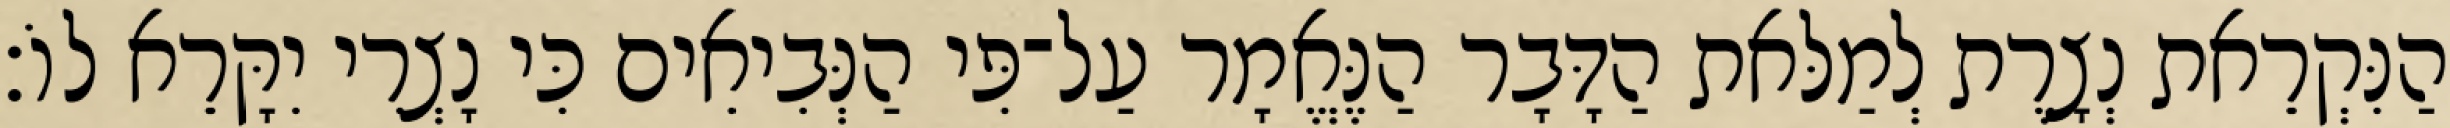
הַנִּקְרֵאת נְצָרֶת לְמַלּאת הַדָּבָר הַנֶּאֱמָר עַל־פִּי הַנְּבִיאִים כִּי נָצְרִי יִקָּרֵא לוֹ׃